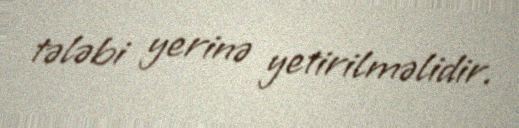
tələbi yerinə yetirilməlidir.